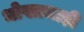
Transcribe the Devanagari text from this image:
धोखाधाड़ी